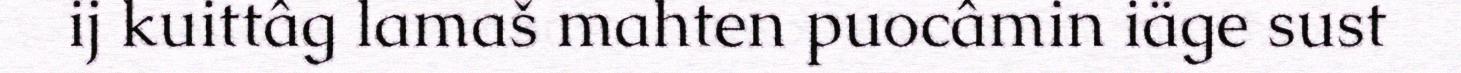
ij kuittâg lamaš mahten puocâmin iäge sust